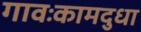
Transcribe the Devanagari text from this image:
गावःकामदुधा